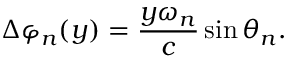
\Delta \varphi _ { n } ( y ) = \frac { y \omega _ { n } } { c } \sin { \theta _ { n } } .